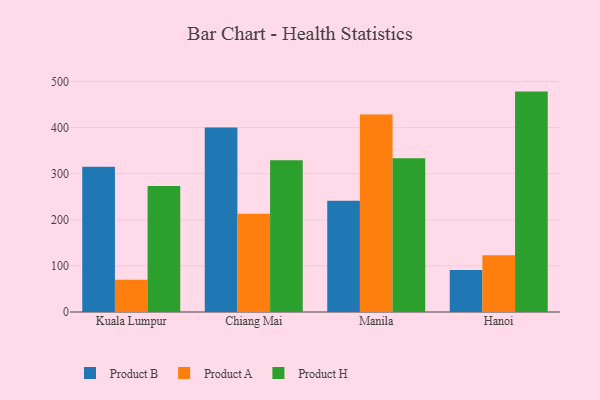
{"axis": {"x": "City", "y": "Page Views"}, "legend": ["Product A", "Product B", "Product H"], "data": [{"x": "Kuala Lumpur", "y": 314.9, "type": "Product B"}, {"x": "Kuala Lumpur", "y": 69.8, "type": "Product A"}, {"x": "Kuala Lumpur", "y": 273.1, "type": "Product H"}, {"x": "Chiang Mai", "y": 399.9, "type": "Product B"}, {"x": "Chiang Mai", "y": 213.3, "type": "Product A"}, {"x": "Chiang Mai", "y": 329.0, "type": "Product H"}, {"x": "Manila", "y": 241.0, "type": "Product B"}, {"x": "Manila", "y": 428.2, "type": "Product A"}, {"x": "Manila", "y": 333.6, "type": "Product H"}, {"x": "Hanoi", "y": 90.9, "type": "Product B"}, {"x": "Hanoi", "y": 122.8, "type": "Product A"}, {"x": "Hanoi", "y": 477.9, "type": "Product H"}]}